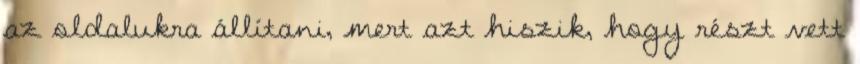
az oldalukra állítani, mert azt hiszik, hogy részt vett